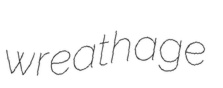
wreathage